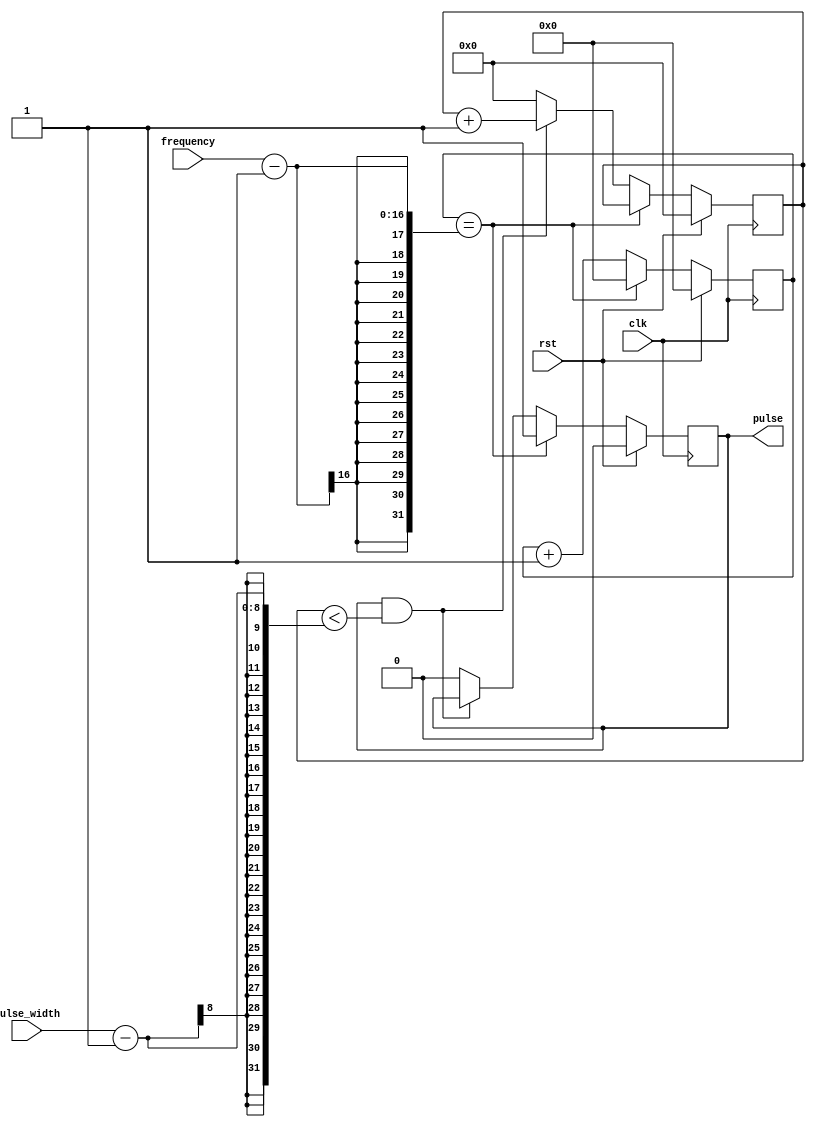
module Programmable_Pulse_Generator (
    input wire clk,
    input wire rst,
    input wire [7:0] pulse_width,
    input wire [15:0] frequency,
    output reg pulse
);

reg [15:0] counter = 0;
reg [7:0] width_counter = 0;
reg generate_pulse = 0;

always @(posedge clk) begin
    if (rst) begin
        counter <= 0;
        width_counter <= 0;
        generate_pulse <= 0;
    end else begin
        if (counter == frequency - 1) begin
            counter <= 0;
            generate_pulse <= 1;
        end else begin
            counter <= counter + 1;
            if (generate_pulse && width_counter < pulse_width - 1) begin
                width_counter <= width_counter + 1;
            end else begin
                width_counter <= 0;
                generate_pulse <= 0;
            end
        end
    end
end

assign pulse = generate_pulse;

endmodule